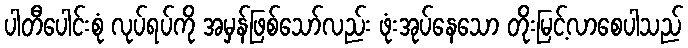
ပါတီပေါင်းစုံ လုပ်ရပ်ကို အမှန်ဖြစ်သော်လည်း ဖုံးအုပ်နေသော တိုးမြင့်လာစေပါသည်